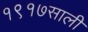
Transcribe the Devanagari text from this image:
१९१७साली